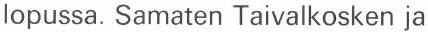
lopussa. Samaten Taivalkosken ja